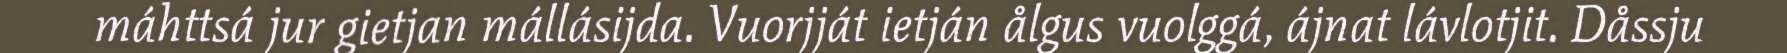
máhttsá jur gietjan mállásijda. Vuorjját ietján ålgus vuolggá, ájnat lávlotjit. Dåssju